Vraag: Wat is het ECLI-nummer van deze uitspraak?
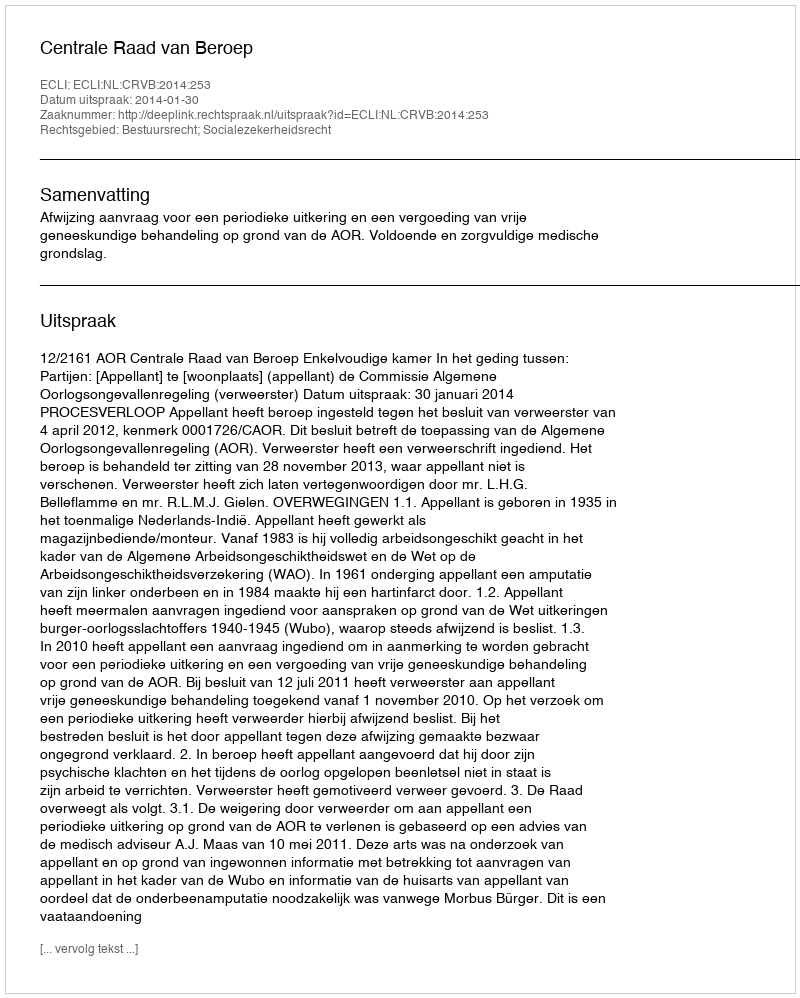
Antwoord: ECLI:NL:CRVB:2014:253